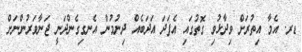
ޑރ. އެމާ އިތުރަށް ވިދާޅުވި ގޮތުގައި އެފަދަ އަދަބެއް ދިނުމުން އެނގިގެންދަނީ ޖަނާވަރުންނަށް